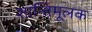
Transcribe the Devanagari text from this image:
शान्तिमूलक